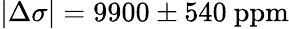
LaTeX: |\Delta\sigma|=9900\pm 540\mathrm{\ ppm}